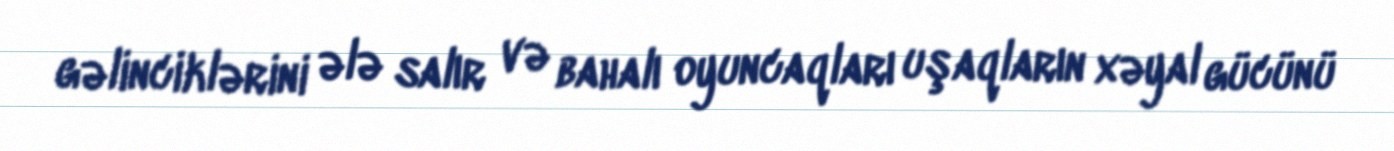
gəlinciklərini ələ salır və bahalı oyuncaqları uşaqların xəyal gücünü